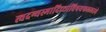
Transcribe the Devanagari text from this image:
त्वदन्यस्मादिच्छाविषयफललाभे